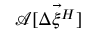
\mathcal { A } [ \vec { \Delta \xi ^ { H } } ]